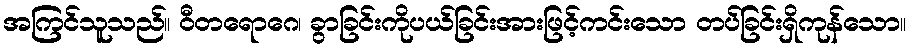
အကြင်သူသည်။ ဝီတရောဂေ၊ ခွာခြင်းကိုပယ်ခြင်းအားဖြင့်ကင်းသော တပ်ခြင်းရှိကုန်သော။